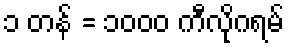
၁ တန် = ၁၀၀၀ ကီလိုဂရမ်